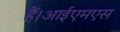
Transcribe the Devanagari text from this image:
हैं।आईएमएस